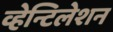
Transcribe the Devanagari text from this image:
व्हेन्टिलेशन